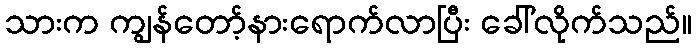
သားက ကျွန်တော့်နားရောက်လာပြီး ခေါ်လိုက်သည်။